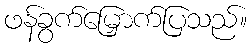
ဖန်ခွက်မြှောက်ပြသည်။